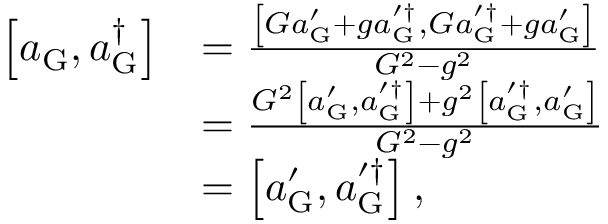
\begin{array} { r l } { \left[ a _ { \mathrm { G } } , a _ { \mathrm { G } } ^ { \dagger } \right] } & { = \frac { \left[ G a _ { \mathrm { G } } ^ { \prime } + g a _ { \mathrm { G } } ^ { \prime \dagger } , G a _ { \mathrm { G } } ^ { \prime \dagger } + g a _ { \mathrm { G } } ^ { \prime } \right] } { G ^ { 2 } - g ^ { 2 } } } \\ & { = \frac { G ^ { 2 } \left[ a _ { \mathrm { G } } ^ { \prime } , a _ { \mathrm { G } } ^ { \prime \dagger } \right] + g ^ { 2 } \left[ a _ { \mathrm { G } } ^ { \prime \dagger } , a _ { \mathrm { G } } ^ { \prime } \right] } { G ^ { 2 } - g ^ { 2 } } } \\ & { = \left[ a _ { \mathrm { G } } ^ { \prime } , a _ { \mathrm { G } } ^ { \prime \dagger } \right] , } \end{array}